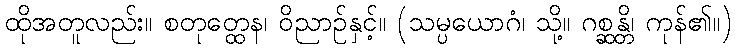
ထိုအတူလည်း။ စတုတ္ထေန၊ ဝိညာဉ်နှင့်။ (သမ္ပယောဂံ၊ သို့။ ဂစ္ဆန္တိ၊ ကုန်၏။)